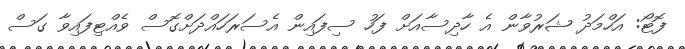
ފޮޓޯ: އަހްމަދު ޝަރުވާން އެ ހާދިސާއަށް ފަހު ސިފައިން އެސަރަހައްދަށްގޮސް ވެއްޓިފައިވާ ގަސް